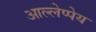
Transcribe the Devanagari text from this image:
आल्लेप्पेय